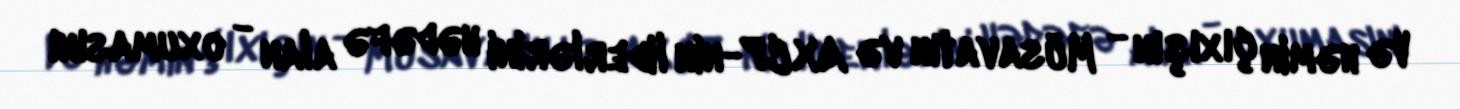
Və həmin çıxışın - Müsavatın və AXCP-nin liderlərini hədəfə alan - oxumasını